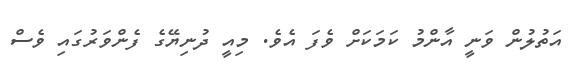
އަތުލުން ވަނީ އާންމު ކަމަކަށް ވެފަ އެވެ. މިއީ ދުނިޔޭގެ ފެންވަރުގައި ވެސް